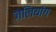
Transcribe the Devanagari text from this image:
ज़ेलियांग